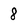
Character: 8